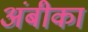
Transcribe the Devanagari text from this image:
अंबीका